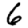
Digit: 6